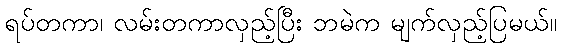
ရပ်တကာ၊ လမ်းတကာလှည့်ပြီး ဘမဲက မျက်လှည့်ပြမယ်။